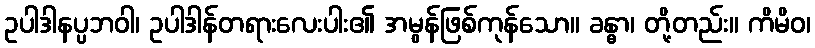
ဥပါဒါနပ္ပဘဝါ၊ ဥပါဒါန်တရားလေးပါး၏ အမွန်ဖြစ်ကုန်သော။ ခန္ဓာ၊ တို့တည်း။ ကိမိဝ၊